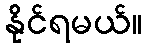
နိုင်ရမယ်။